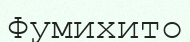
Фумихито